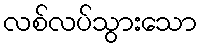
လစ်လပ်သွားသော